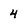
Character: 4